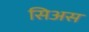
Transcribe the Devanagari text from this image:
सिअस